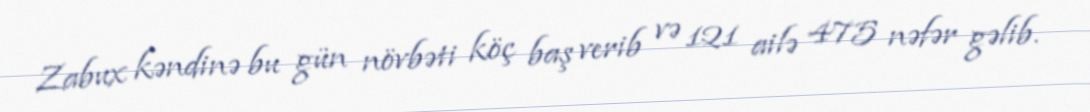
Zabux kəndinə bu gün növbəti köç baş verib və 121 ailə 475 nəfər gəlib.